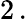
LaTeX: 2\, .